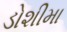
ડોશીમા